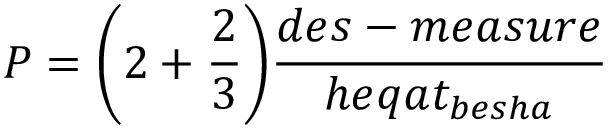
P = { \bigg ( } 2 + { \frac { 2 } { 3 } } { \bigg ) } { \frac { d e s - m e a s u r e } { h e q a t _ { b e s h a } } }